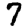
Digit: 7